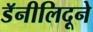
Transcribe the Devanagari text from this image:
डॅनीलिदूने